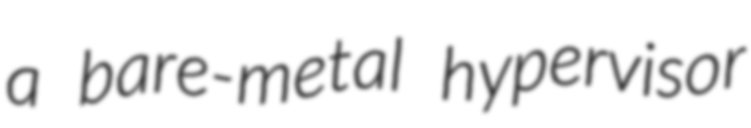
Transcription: a bare-metal hypervisor